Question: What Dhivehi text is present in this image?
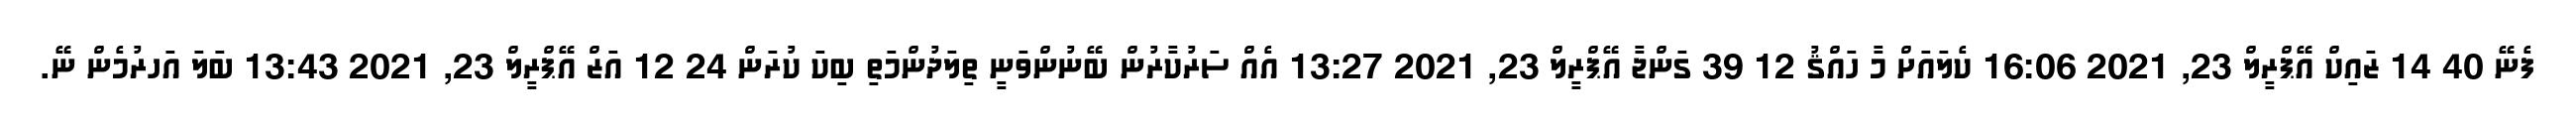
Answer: ފެނޭ 40 14 ޒައިކް އޭޕްރީލް 23, 2021 16:06 ކެލައަށް މާ ހައްޤު 12 39 ގަންޖާ އޭޕްރީލް 23, 2021 13:27 އެއް ސަރުކާރުން ބޭނުންވަނީ ތިލަދުންމަތި ބިކަ ކުރަން 24 12 އަޒް އޭޕްރީލް 23, 2021 13:43 ބަލަ އަހރުމެން ނޭ.